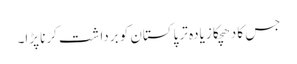
جس کا دھچکا زیادہ تر پاکستان کو برداشت کرنا پڑا۔